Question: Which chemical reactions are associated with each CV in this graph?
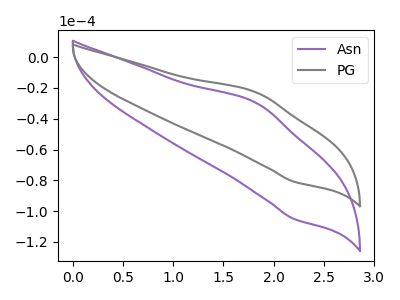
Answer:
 <answer>The purple curve is labeled "Asn". The gray curve is labeled "PG".</answer>
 <eval></eval>